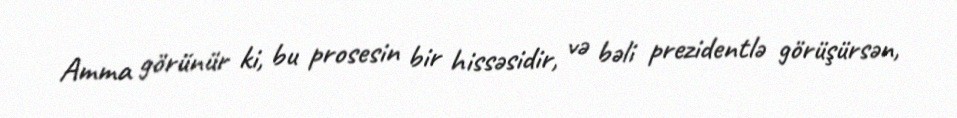
Amma görünür ki, bu prosesin bir hissəsidir, və bəli prezidentlə görüşürsən,